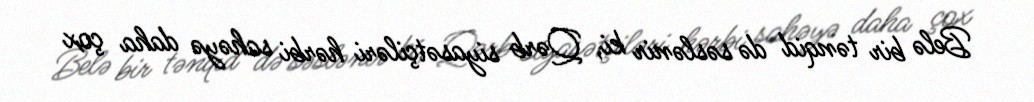
Belə bir tənqid də səslənir ki, Qərb siyasətçiləri hərbi sahəyə daha çox